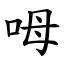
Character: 呣